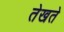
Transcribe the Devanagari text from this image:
तेखते